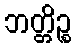
ဘတ္တိဉ္စ